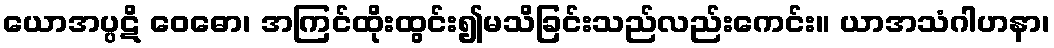
ယောအပ္ပဋိ ဝေဓော၊ အကြင်ထိုးထွင်း၍မသိခြင်းသည်လည်းကေင်း။ ယာအသံဂါဟနာ၊